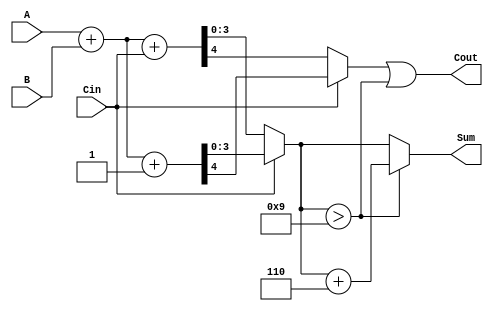
module BCD_MCSA (
    input  [3:0] A,      // BCD input A
    input  [3:0] B,      // BCD input B
    input        Cin,     // Carry-in
    output [3:0] Sum,     // BCD Sum output
    output       Cout      // Carry-out
);

    wire [3:0] S0;        // Preliminary sum without carry
    wire [3:0] S1;        // Preliminary sum with carry
    wire C0, C1;          // Carry outputs for both paths
    wire [3:0] S;         // Final sum after BCD correction

    // Initial Binary Addition
    assign {C0, S0} = A + B + Cin;      // Sum with carry-in
    assign {C1, S1} = A + B + 1'b1;     // Sum with carry-in = 1

    // Carry Select Logic
    wire [3:0] selected_sum;
    wire selected_carry;

    assign selected_sum = (Cin) ? S1 : S0;
    assign selected_carry = (Cin) ? C1 : C0;

    // BCD Correction Logic
    wire [3:0] corrected_sum;
    wire correction_needed;

    assign correction_needed = (selected_sum > 4'd9); // Check if greater than 9

    // Add 6 if correction is needed
    assign corrected_sum = correction_needed ? (selected_sum + 4'd6) : selected_sum;

    // Final Output
    assign Sum = corrected_sum;
    assign Cout = selected_carry | correction_needed; // Carry out if correction needed

endmodule